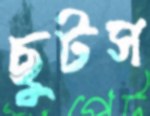
ছুটস